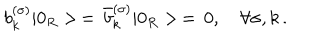
b _ { k } ^ { ( \sigma ) } | 0 _ { R } > \, = \, \bar { b } _ { k } ^ { ( \sigma ) } | 0 _ { R } > \, = \, 0 , \quad \forall \sigma , k \, { . }